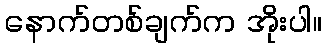
နောက်တစ်ချက်က အိုးပါ။